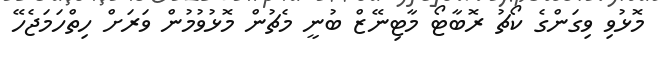
މޮޅުވި ވިގަންގެ ކޯޗު ރޮބާޓޯ މާޓިނޭޒް ބުނީ މެޗުން މޮޅުވުމުން ވަރަށް ހިތްހަމަޖެހޭ